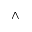
\barwedge